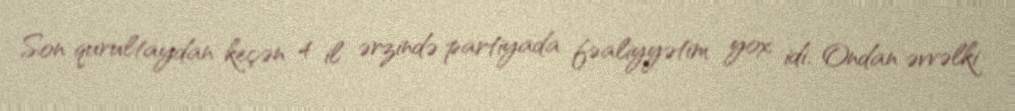
Son qurultaydan keçən 4 il ərzində partiyada fəaliyyətim yox idi. Ondan əvvəlki